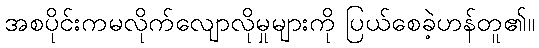
အစပိုင်းကမလိုက်လျောလိုမှုများကို ပြယ်စေခဲ့ဟန်တူ၏။